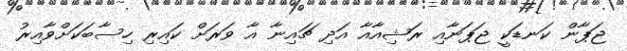
ޖަޕާން ކަނޑަކީ ޖަޕަނާއި ރަޝިއާއާ އަދި ޗައިނާ އާ ވަރަށް ކައިރި ހިސާބަކަށްވާއިރު